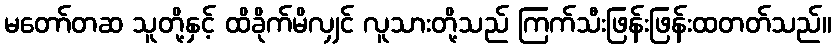
မတော်တဆ သူတို့နှင့် ထိခိုက်မိလျှင် လူသားတို့သည် ကြက်သီးဖြန်းဖြန်းထတတ်သည်။